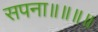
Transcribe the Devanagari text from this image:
सपना॥॥॥॥